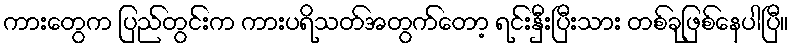
ကားတွေက ပြည်တွင်းက ကားပရိသတ်အတွက်တော့ ရင်းနှီးပြီးသား တစ်ခုဖြစ်နေပါပြီ။